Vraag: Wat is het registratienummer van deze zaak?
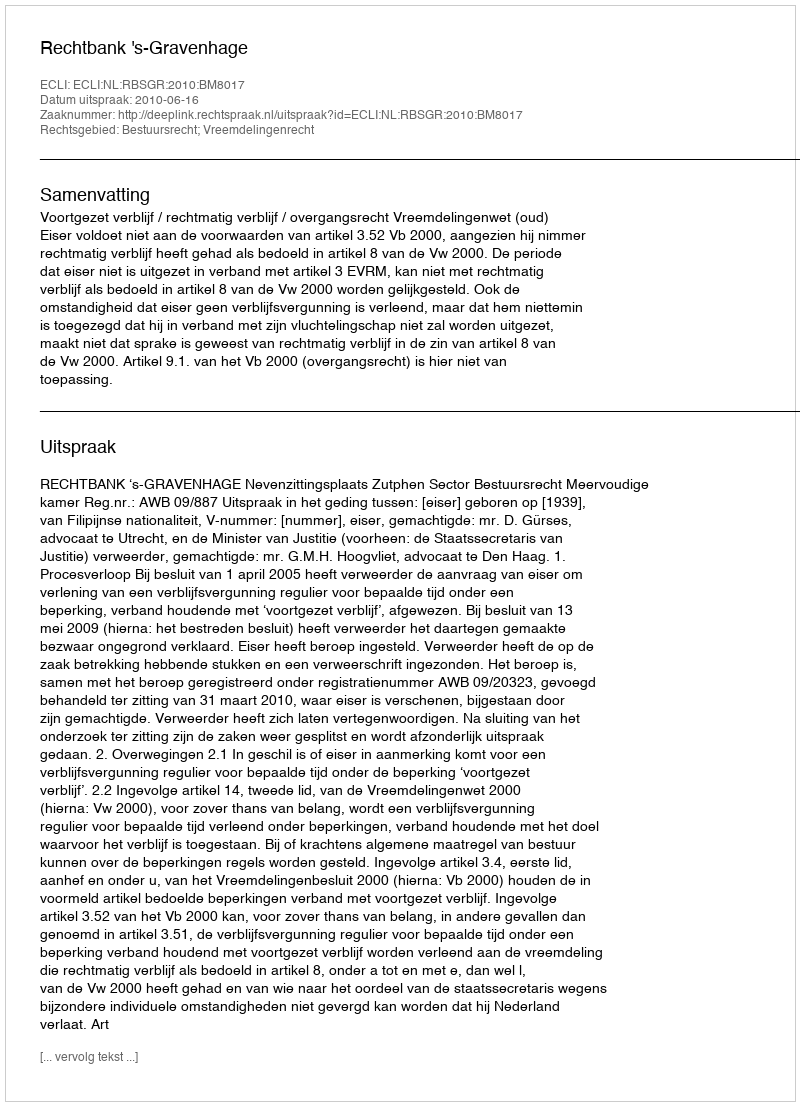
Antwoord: http://deeplink.rechtspraak.nl/uitspraak?id=ECLI:NL:RBSGR:2010:BM8017